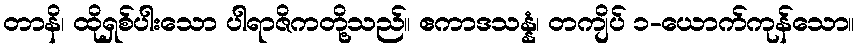
တာနိ၊ ထိုရှစ်ပါးသော ပါရာဇိကတို့သည်။ ဧကာဒသန္နံ၊ တကျိပ် ၁-ယောက်ကုန်သော။